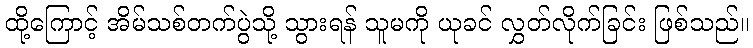
ထို့ကြောင့် အိမ်သစ်တက်ပွဲသို့ သွားရန် သူမကို ယုခင် လွှတ်လိုက်ခြင်း ဖြစ်သည်။